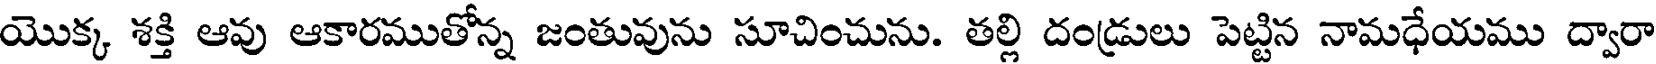
యొక్క శక్తి ఆవు ఆకారముతోన్న జంతువును సూచించును. తల్లి దండ్రులు పెట్టిన నామధేయము ద్వారా